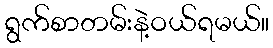
ရွက်စာတမ်းနဲ့ဝယ်ရမယ်။